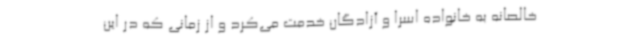
خالصانه به خانواده اسرا و آزادگان خدمت می‌کرد و از زمانی که در این